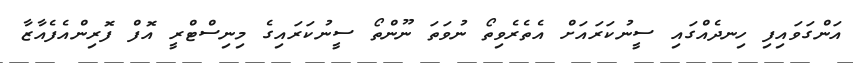
އަންގަވައިފި ހިނދެއްގައި ސީނުކަރައަށް އެތެރެވިތޯ ނުވަތަ ނޫންތޯ ސީނުކަރައިގެ މިނިސްޓްރީ އޮފް ފޮރިންއެފެއާޒާ